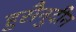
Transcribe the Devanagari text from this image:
हुसैनुदीन